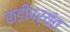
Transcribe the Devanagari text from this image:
कडीपर्यंत